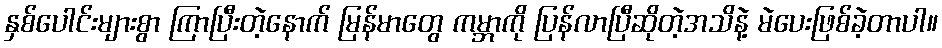
နှစ်ပေါင်းများစွာ ကြာပြီးတဲ့နောက် မြန်မာတွေ ကမ္ဘာကို ပြန်လာပြီဆိုတဲ့အသိနဲ့ မဲပေးဖြစ်ခဲ့တာပါ။